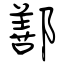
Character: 鄯